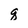
Character: q